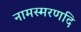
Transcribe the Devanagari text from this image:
नामस्मरणदि